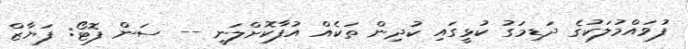
ފުވައްމުލަކުގެ ދަޑިމަގު ކުޅީގައި ކުދިން ތަކެއް އުފާކޮށްލަނީ -- ސަން ފޮޓޯ: ފަޔާޒް